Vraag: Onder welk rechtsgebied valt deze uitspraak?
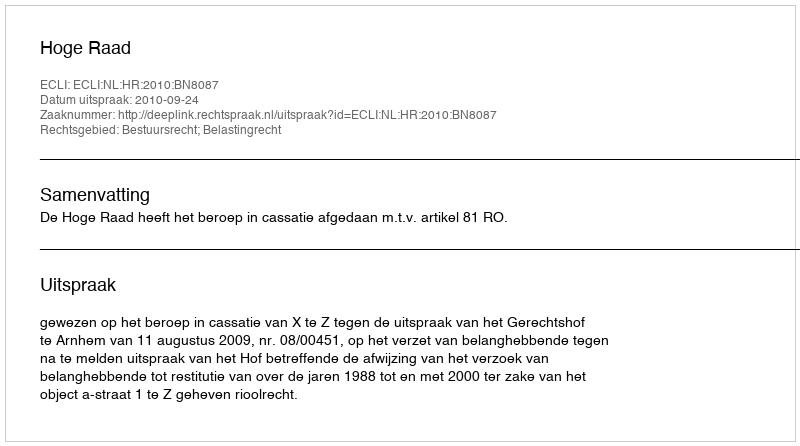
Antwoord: Bestuursrecht; Belastingrecht